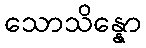
သောသိန္နော